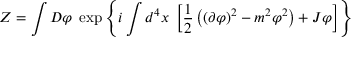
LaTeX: Z = \int D \varphi \; \exp \left\{ i \int d ^ { 4 } x \; \left[ { \frac { 1 } { 2 } } \left( \left( \partial \varphi \right) ^ { 2 } - m ^ { 2 } \varphi ^ { 2 } \right) + J \varphi \right] \right\}